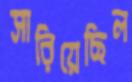
সারিয়েছিল